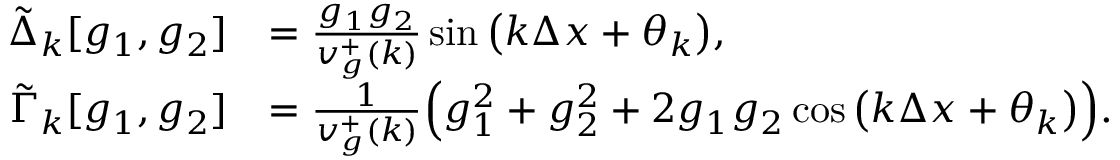
\begin{array} { r l } { \tilde { \Delta } _ { k } [ g _ { 1 } , g _ { 2 } ] } & { = \frac { g _ { 1 } g _ { 2 } } { v _ { g } ^ { + } ( k ) } \sin { \big ( k \Delta x + \theta _ { k } \big ) } , } \\ { \tilde { \Gamma } _ { k } [ g _ { 1 } , g _ { 2 } ] } & { = \frac { 1 } { v _ { g } ^ { + } ( k ) } \Big ( g _ { 1 } ^ { 2 } + g _ { 2 } ^ { 2 } + 2 g _ { 1 } g _ { 2 } \cos { \big ( k \Delta x + \theta _ { k } \big ) } \Big ) . } \end{array}